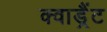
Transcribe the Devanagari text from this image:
क्वाड्रैंट